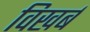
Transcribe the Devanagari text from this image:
विखर्ब